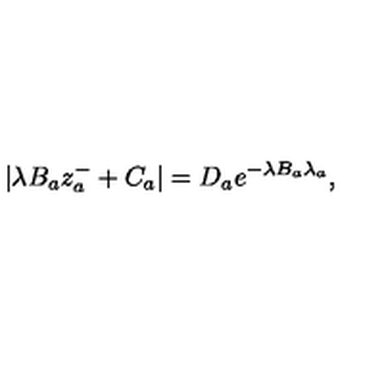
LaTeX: | \lambda B _ { a } z _ { a } ^ { - } + C _ { a } | = D _ { a } e ^ { - \lambda B _ { a } \lambda _ { a } } ,